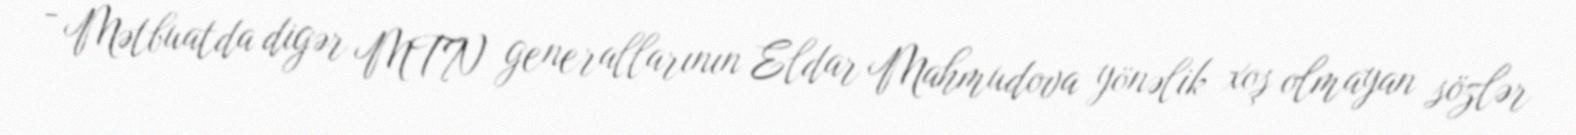
- Mətbuatda digər MTN generallarının Eldar Mahmudova yönəlik xoş olmayan sözlər